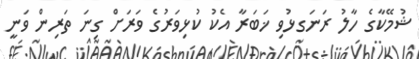
ޝުމޭކާގެ ހާލު ރަނަގޅުވި ޚަބަރާ އެކު ކުޅިވަރުގެ ވަރަށް ގިނަ ތަރިން ވަނީ